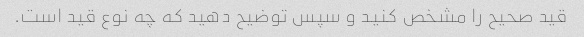
قید صحیح را مشخص کنید و سپس توضیح دهید که چه نوع قید است.